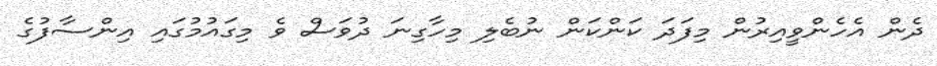
ދެން އެހެންވީއިރުން މިފަދަ ކަންކަން ނުބެލި މިހާގިނަ ދުވަސް ވެ މިގައުމުގައި އިންސާފުގެ